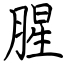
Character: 腥